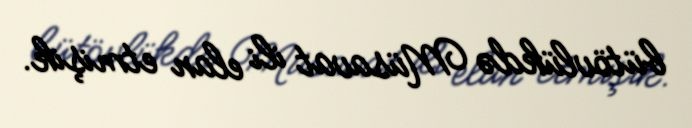
bütövlükdə Müsavat ili elan etmişik.